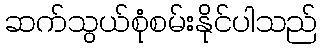
ဆက်သွယ်စုံစမ်းနိုင်ပါသည်